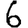
Digit: 6